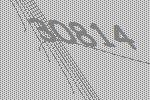
30814